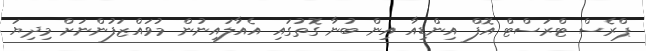
ޕްރެސް ޓްރަސްޓް އޮފް އިންޑިއާ އިން ބުނާ ގޮތުގައި އެއާލައިނުން މުވައްޒަފުންނަށް މިދިޔަ